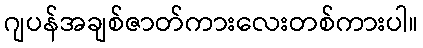
ဂျပန်အချစ်ဇာတ်ကားလေးတစ်ကားပါ။